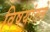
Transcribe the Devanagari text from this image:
विषयांतले